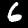
Digit: 6